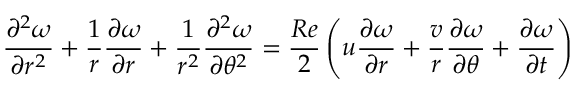
\frac { \partial ^ { 2 } \omega } { \partial r ^ { 2 } } + \frac { 1 } { r } \frac { \partial \omega } { \partial r } + \frac { 1 } { r ^ { 2 } } \frac { \partial ^ { 2 } \omega } { \partial \theta ^ { 2 } } = \frac { R e } { 2 } \left( u \frac { \partial \omega } { \partial r } + \frac { v } { r } \frac { \partial \omega } { \partial \theta } + \frac { \partial \omega } { \partial t } \right)